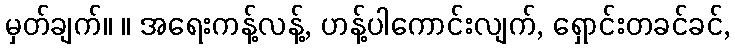
မှတ်ချက်။ ။ အရေးကန့်လန့်, ဟန့်ပါကောင်းလျက်, ရှောင်းတခင်ခင်,